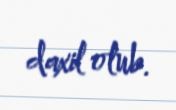
daxil olub.